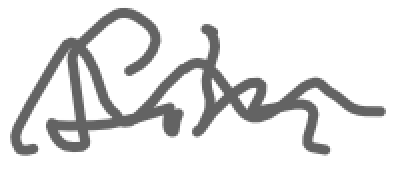
Text: film
Cross-out: wave
Writing tool: digital_gray